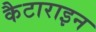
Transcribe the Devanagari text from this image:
कैटाराइन